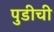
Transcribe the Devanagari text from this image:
पुडीची